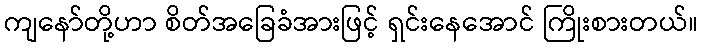
ကျနော်တို့ဟာ စိတ်အခြေခံအားဖြင့် ရှင်းနေအောင် ကြိုးစားတယ်။